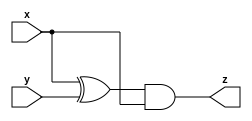
module ckt_A (input x, input y, output z);
    assign z = (x^y)&x;
endmodule

module ckt_B ( input x, input y, output z );
	assign z = x ~^ y;
endmodule

module top_module (input x, input y, output z);
    wire w1,w2,w3,w4,w5,w6;
    
    ckt_A A1(x,y,w1);
    ckt_B B1(x,y,w2);
    ckt_A A2(x,y,w3);
    ckt_B B2(x,y,w4);
    
    assign w5 = w1|w2;
    assign w6 = w3&w4;
    
    assign z = w5^w6;

endmodule